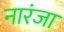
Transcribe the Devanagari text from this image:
नारंजा